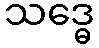
သဒ္ဓေ